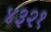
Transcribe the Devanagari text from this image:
४३२१